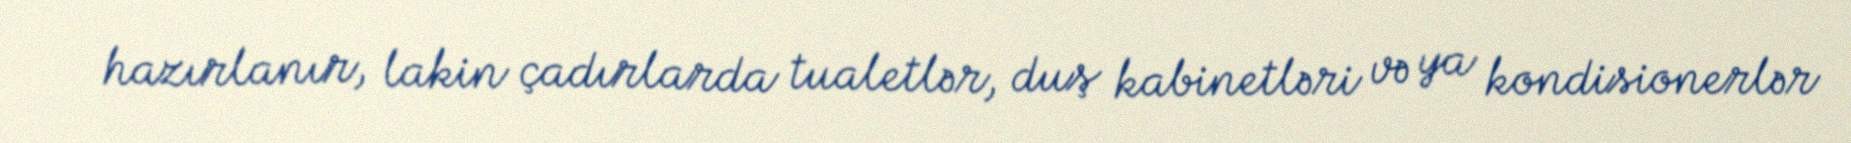
hazırlanır, lakin çadırlarda tualetlər, duş kabinetləri və ya kondisionerlər